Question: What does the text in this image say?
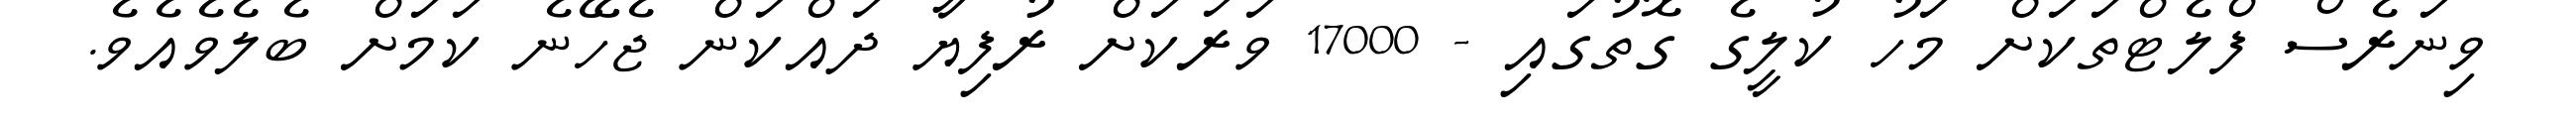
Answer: ވިނަރެސް ފްލެޓްތަކަށް މަހު ކުލީގެ ގޮތުގައި - 17000 ވަރަކަށް ރުފިޔާ ދައްކަން ޖެހޭނެ ކަމަށް ބެލެވެއެވެ.